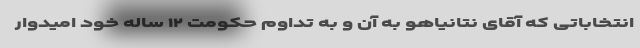
انتخاباتی که آقای نتانیاهو به آن و به تداوم حکومت ۱۲ ساله خود امیدوار